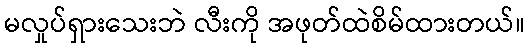
မလှုပ်ရှားသေးဘဲ လီးကို အဖုတ်ထဲစိမ်ထားတယ်။